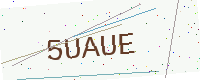
Text: 5UAUE